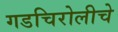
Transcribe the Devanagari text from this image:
गडचिरोलीचे